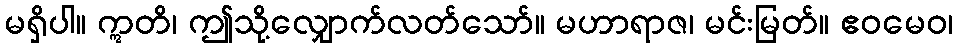
မရှိပါ။ ဣတိ၊ ဤသို့လျှောက်လတ်သော်။ မဟာရာဇ၊ မင်းမြတ်။ ဧဝမေဝ၊